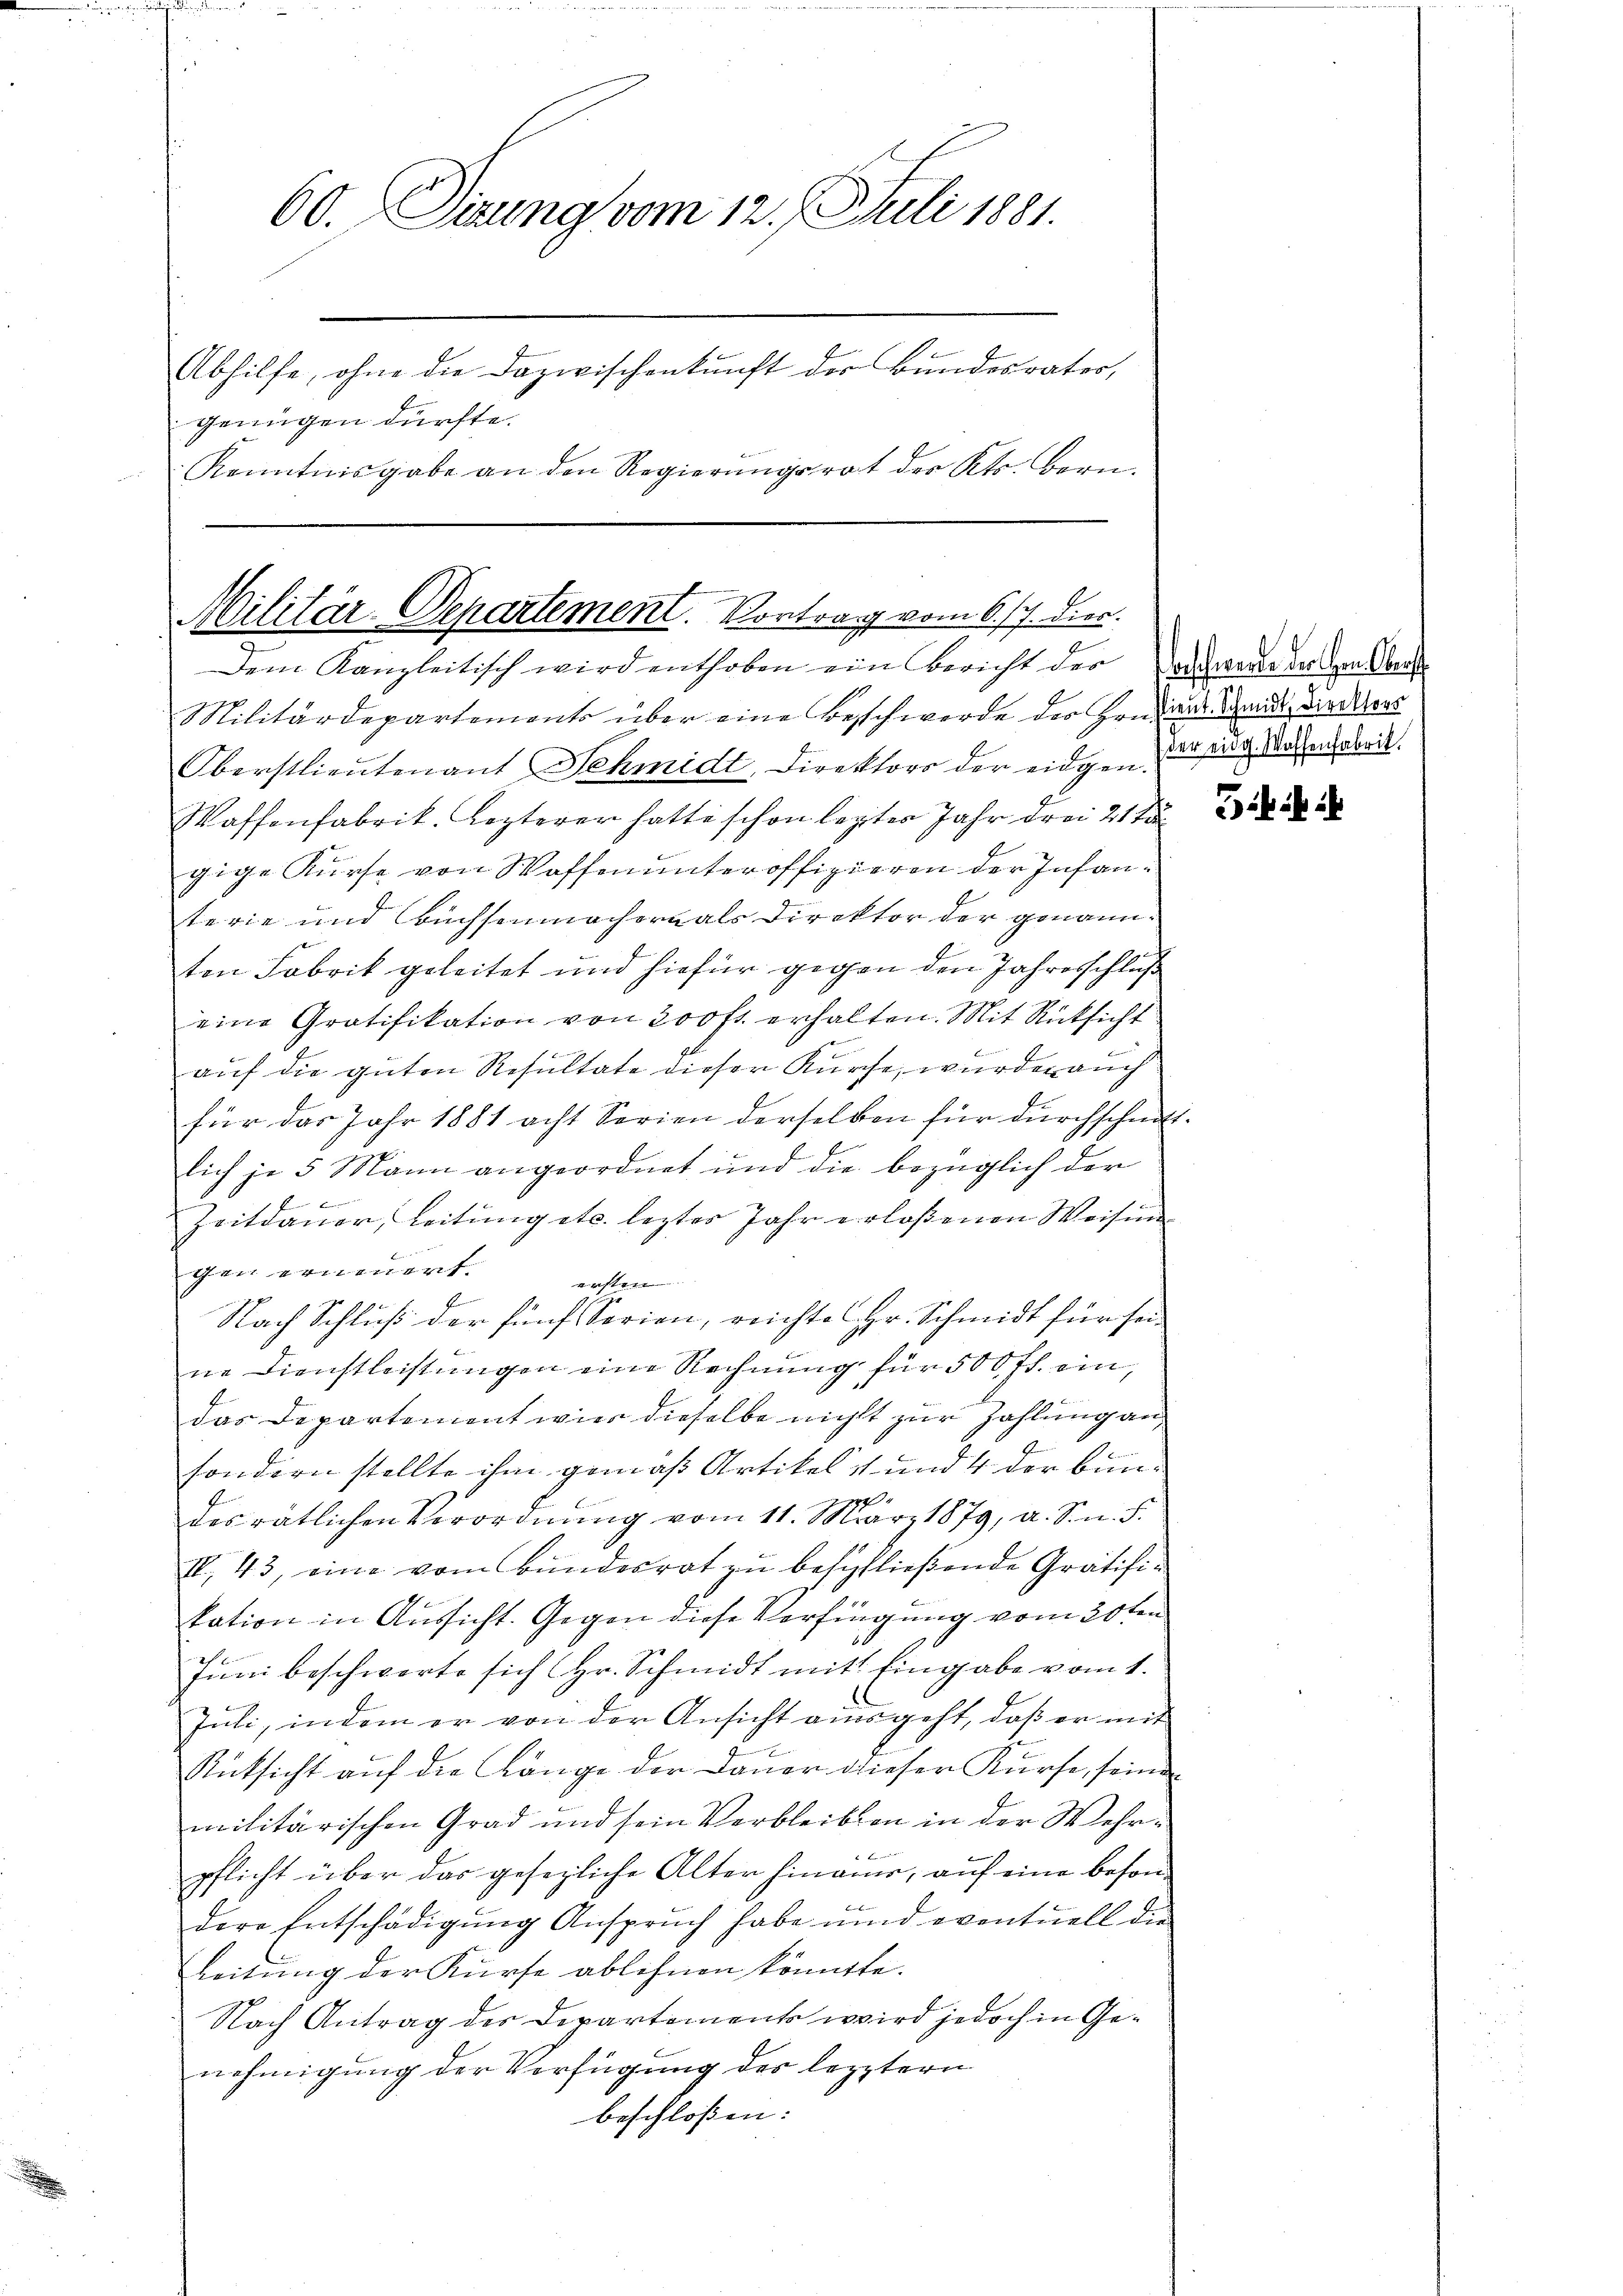
e

60. Dirung vom 12. Juli 1881.
Abhilfe, ohne die Dazwischenkunft der Bundesrates,
genügen dürfte.
Kenntnisgabe an den Regierungsrat des Kts. Bern

Militär-Departement. Vortrag vom 6. 7. dies
Dem Kanzleitisch wird enthoben ein Bericht der

Militärdepartements über eine Beschwerde der Hradider Gend, die res
Oberstlieutenant Schmidt, Direktors der eidgen der sing. Wachen orie
Waffenfabrik. Lezterer hatte schon legter Jahr drei 21 t
gige Kurse von Waffenunteroffizieren der Infanterie und Buchsenmachern als Direktor der genannten Fabrik geleitet und hiefür gegen den Jahresschluß
eine Gratifikation von 200 fr. erhalten. Mit Rücksicht
auf die guten Resultate dieser Kurse, wurden auch
für das Jahr 1881 acht Serien derselben für durchschnittlich je 5 Mann angeordnet und die bezüglich der

Zeitdauer, Leitung etc. lezter Jahr erlosenen Weisun
gen erneuert.
ersten.
Nach Schluß der fünf Serien, reichte Hr. Schmidt für sein
ne Dienstleistungen eine Rechnung für 500 fl. ein,
das Departement wie dieselbe nicht zur Zahlung an
sondern stellte ihm gemäß Artikels und 4 der bundes rätlichen Verordnŭng vom 11. März 1879, a. S. n. F.
II. 43, eine vom Bundesrat zu beschließende Gratifikation in Aussicht. Gegen diese Verfügung vom 20ten
Juni beschwerte sich Hr. Schmidt mit Eingabe vom 1.
Jŭli, indem er von der Ansicht ausgeht, daβ er mit
Rücksicht auf die Länge der Dauer dieser Kürse, seinen
militärischen Grad und sein Verbleiben in der Wehr¬
F
pflicht über das gesezliche Alter hinauer, auf eine beson¬

dere Entschädigung Anspruch habe und eventuell die
Leitung der Kurse ablehnen könnte.
Nach Antrag des Departement wird jedoch in Genehmigung der Verfügung des letztern
beschloßen:

effierte der von Ober¬

Gifi